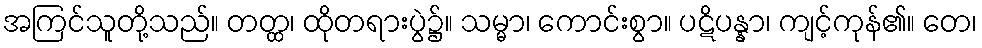
အကြင်သူတို့သည်။ တတ္ထ၊ ထိုတရားပွဲ၌။ သမ္မာ၊ ကောင်းစွာ။ ပဋိပန္နာ၊ ကျင့်ကုန်၏။ တေ၊